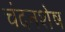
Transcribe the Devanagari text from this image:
चंदनशेष